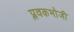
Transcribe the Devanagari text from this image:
प्लवकभोजी